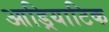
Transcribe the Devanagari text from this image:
आड्रियाटिक